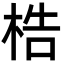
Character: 梏